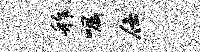
舴嘱仕